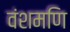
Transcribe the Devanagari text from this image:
वंशमणि